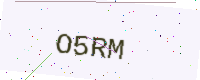
Text: O5RM